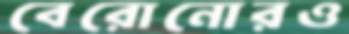
বেরোনোরও